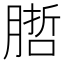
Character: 𭩁